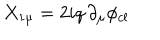
X _ { 1 \mu } = 2 i q \, \partial _ { \mu } \phi _ { c l } \,